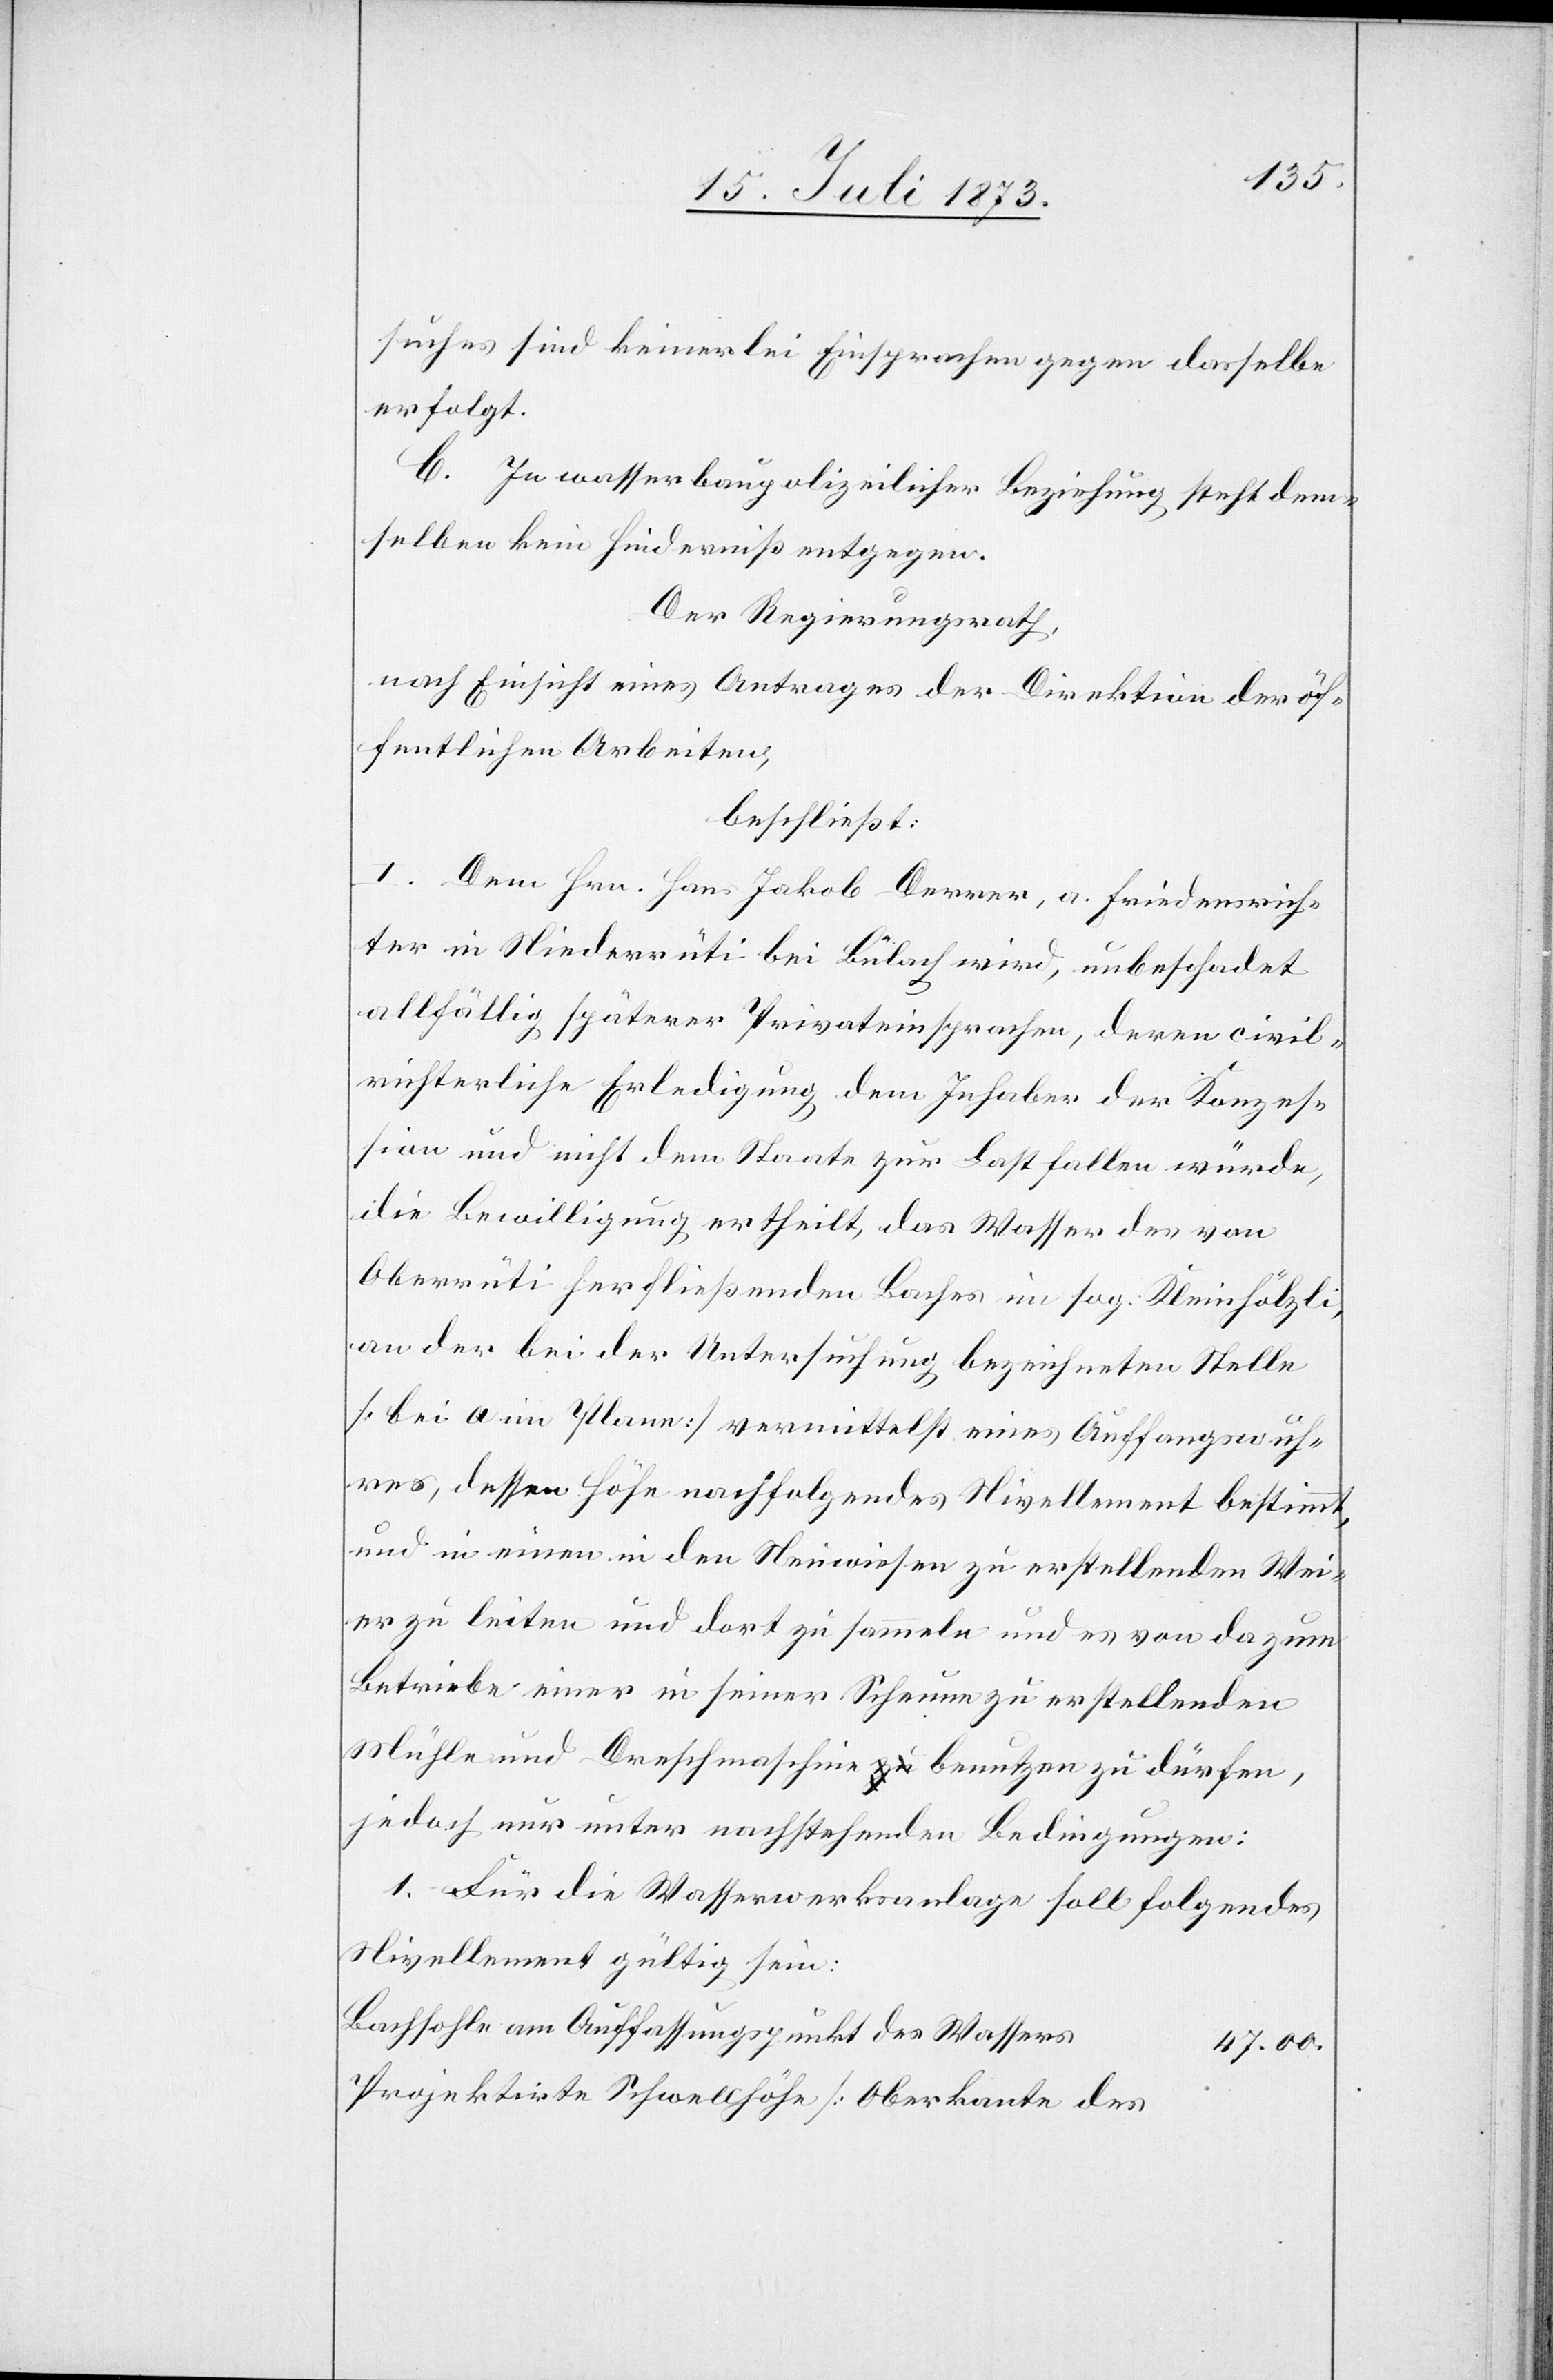
suches sind keinerlei Einsprachen gegen dasselbe
erfolgt.
C. In wasserbaupolizeilicher Beziehung steht dem¬
selben kein Hinderniß entgegen.
Der Regierungsrath,
nach Einsicht eines Antrages der Direktion der öf¬
fentlichen Arbeiten,
beschließt:
I. Dem Hrn. Hans Jakob Derrer, a. Friedensrich¬
ter in Niederrüti bei Bülach wird, unbeschadet
allfällig späterer Privateinsprachen, deren civil¬
richterliche Erledigung dem Inhaber der Konzes¬
sion und nicht dem Staate zur Last fallen würde,
die Bewilligung ertheilt, das Wasser des von
Oberrüti herfließenden Baches im sog. Kleinhölzli,
an der bei der Untersuchung bezeichneten Stelle
[bei a im Plane] vermittelst eines Auffangswuh¬
res, dessen Höhe nachfolgendes Nivellement bestimmt,
und in einen in den Neuwiesen zu erstellenden Wei¬
er zu leiten und dort zu sammeln und es von da zum
Betriebe einer in seiner Scheune zu erstellenden
Mühle und Dreschmaschine benutzen zu dürfen,
jedoch nur unter nachstehenden Bedingungen:
1. Für die Wasserwerksanlage soll folgendes
Nivellement gültig sein:
Bachsohle am Auffassungspunkt des Wassers
47.00.
projektirte Schwellhöhe [Oberkante des